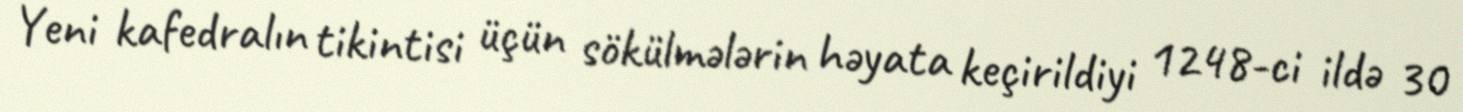
Yeni kafedralın tikintisi üçün sökülmələrin həyata keçirildiyi 1248-ci ildə 30